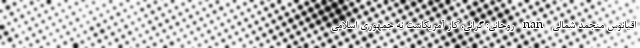
اقیانوس منجمد شمالی nan روحانی: گرانی، کار آمریکاست نه جمهوری ‌اسلامی